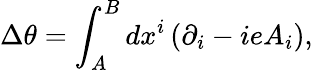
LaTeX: \Delta\theta=\int_{A}^{B}dx^{i}\left(\partial_{i}-ieA_{i}\right),